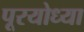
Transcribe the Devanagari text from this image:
पूरयोध्या